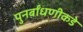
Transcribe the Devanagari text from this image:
पुनर्बांधणीकडे